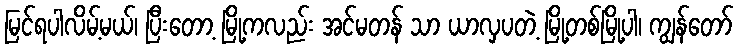
မြင်ရပါလိမ့်မယ်၊ ပြီးတော့ မြို့ကလည်း အင်မတန် သာ ယာလှပတဲ့ မြို့တစ်မြို့ပါ၊ ကျွန်တော်